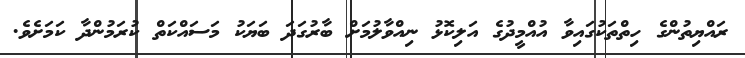
ރައްޔިތުންގެ ހިތްތަކުގައިވާ އުއްމީދުގެ އަލިކޮޅު ނިއްވާލުމަށް ބާރުގަދަ ބަޔަކު މަސައްކަތް ކުރަމުންދާ ކަމަށެވެ.